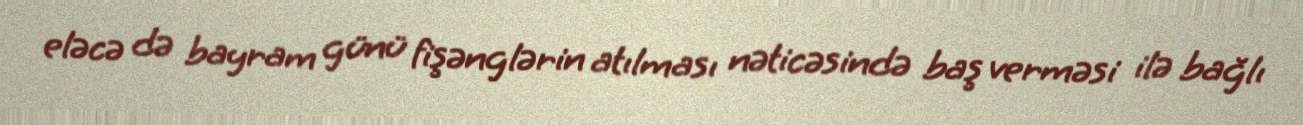
eləcə də bayram günü fişənglərin atılması nəticəsində baş verməsi ilə bağlı